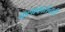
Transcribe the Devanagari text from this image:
कलाकारांनाही